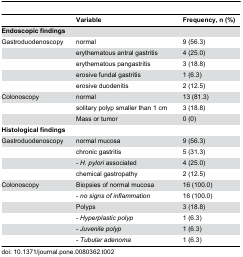
|  | Variable | Frequency, n (%) |
 | --- | --- | --- |
 | <COLSPAN=3> Endoscopic findings |
 | Gastroduodenoscopy | normal | 9 (56.3) |
 |  | erythematous antral gastritis | 4 (25.0) |
 |  | erythematous pangastritis | 3 (18.8) |
 |  | erosive fundal gastritis | 1 (6.3) |
 |  | erosive duodenitis | 2 (12.5) |
 | Colonoscopy | normal | 13 (81.3) |
 |  | solitary polyp smaller than 1 cm | 3 (18.8) |
 |  | Mass or tumor | 0 (0) |
 | <COLSPAN=3> Histological findings |
 | Gastroduodenoscopy | normal mucosa | 9 (56.3) |
 |  | chronic gastritis | 5 (31.3) |
 |  | - H. pylori associated | 4 (25.0) |
 |  | chemical gastropathy | 2 (12.5) |
 | Colonoscopy | Biopsies of normal mucosa | 16 (100.0) |
 |  | - no signs of inflammation | 16 (100.0) |
 |  | Polyps | 3 (18.8) |
 |  | - Hyperplastic polyp | 1 (6.3) |
 |  | - Juvenile polyp | 1 (6.3) |
 |  | - Tubular adenoma | 1 (6.3) |